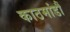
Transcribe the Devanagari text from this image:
काठमांडौं